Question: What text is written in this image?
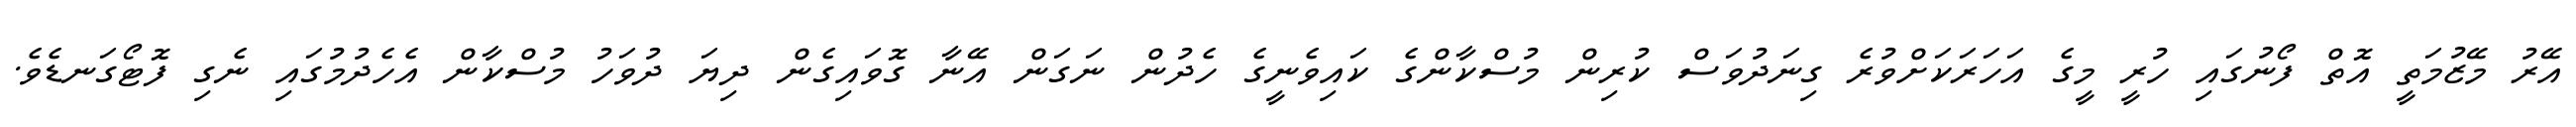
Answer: އޭރު މޭޒުމަތީ އޮތް ފޯނުގައި ހުރީ މީގެ އަހަރަކަށްވުރެ ގިނަދުވަސް ކުރިން މުސްކާންގެ ކައިވެނީގެ ހެދުން ނަގަން އޭނާ ގޮވައިގެން ދިޔަ ދުވަހު މުސްކާން އެހެދުމުގައި ނެގި ފޮޓޯގަނޑެވެ.